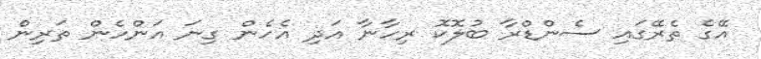
އޭގެ ތެރޭގައި ސެންޑްރާ ބުލޮކޮ ރިހާނާ އަދި އެހެން ގިނަ އަންހެން ތަރިން